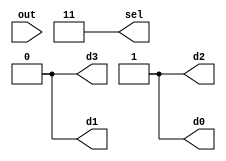
`timescale 1ns/10ps

module mux4x1_test (d3,d2,d1,d0, sel, out);
input out;
output d3,d2,d1,d0;
output [1:0] sel;
reg d3,d2,d1,d0;
reg [1:0] sel;

initial
begin
d0 <= 1'b0;
d1 <= 1'b1;
d2 <= 1'b0;
d3 <= 1'b1;
sel <= 2'd0;
#100;
sel <= 2'd1;
#100;
sel <= 2'd2;
#100;
sel <= 2'd3;
#100;
d0 <= 1'b1;
d1 <= 1'b0;
d2 <= 1'b1;
d3 <= 1'b0;
sel <= 2'd0;
#100;
sel <= 2'd1;
#100;
sel <= 2'd2;
#100;
sel <= 2'd3;
#100;

end

endmodule